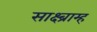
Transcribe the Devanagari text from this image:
साक्ष्ब्राम्ह